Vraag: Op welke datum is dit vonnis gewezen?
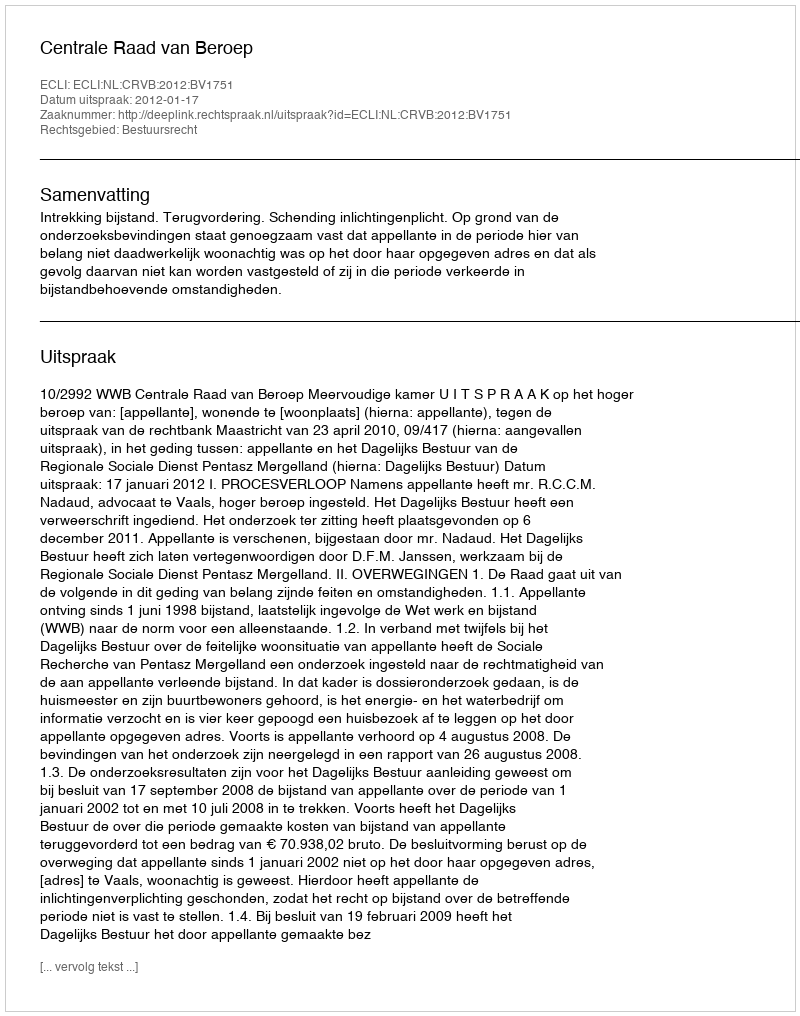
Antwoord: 2012-01-17